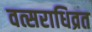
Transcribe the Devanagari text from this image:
वत्सराधिव्रत